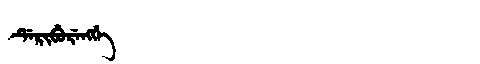
Manchu: ᡩᡝᡵᡳᠪᡠᡵᡝᠩᡤᡝ
Romanization: DERIBURENGGE